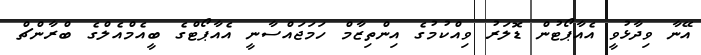
އޭނާ ވިދާޅުވީ އެއާޕޯޓުން ޑޮލަރު ވިއްކުމުގެ އިންތިޒާމް ހަމަޖައްސާނީ އެއާޕޯޓްގެ ބީއެމްއެލްގެ ބްރާންޗް